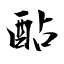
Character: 酟